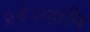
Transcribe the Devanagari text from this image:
प्रवेशहानि